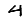
Digit: 4